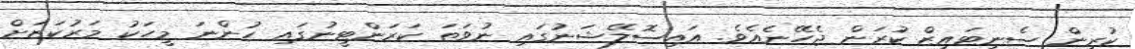
ކުރިން ސެނިޓައިޒް ކުރަން ޖެހޭނެއެވެ. އައިސޮލޭޝަނުގައި ނުވަތަ ކަރަންޓީނުގައި ހުންނަ މީހަކު މަރުކަޒަށް